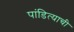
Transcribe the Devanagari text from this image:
पांडित्याची